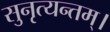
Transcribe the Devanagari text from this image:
सुनृत्यन्तम्‌।